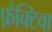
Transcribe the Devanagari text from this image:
फ़ैक्टिवा